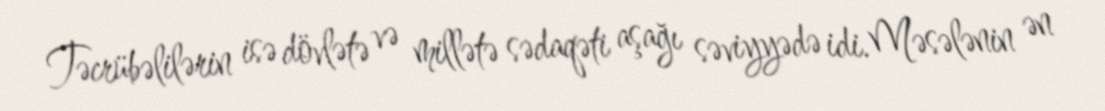
Təcrübəlilərin isə dövlətə və millətə sədaqəti aşağı səviyyədə idi. Məsələnin ən